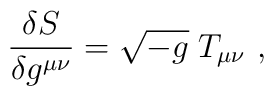
{\delta S \over \delta g^{\mu\nu}} =  \sqrt {-g}\; T_{\mu\nu}\ ,